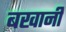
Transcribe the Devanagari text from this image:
बखानी